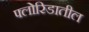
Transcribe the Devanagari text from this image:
फ्लोरिडातील